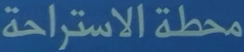
محطة الاستراحة